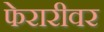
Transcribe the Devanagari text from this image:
फेरारीवर